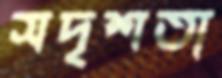
সদৃশতা